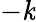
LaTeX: -\mathit{k}